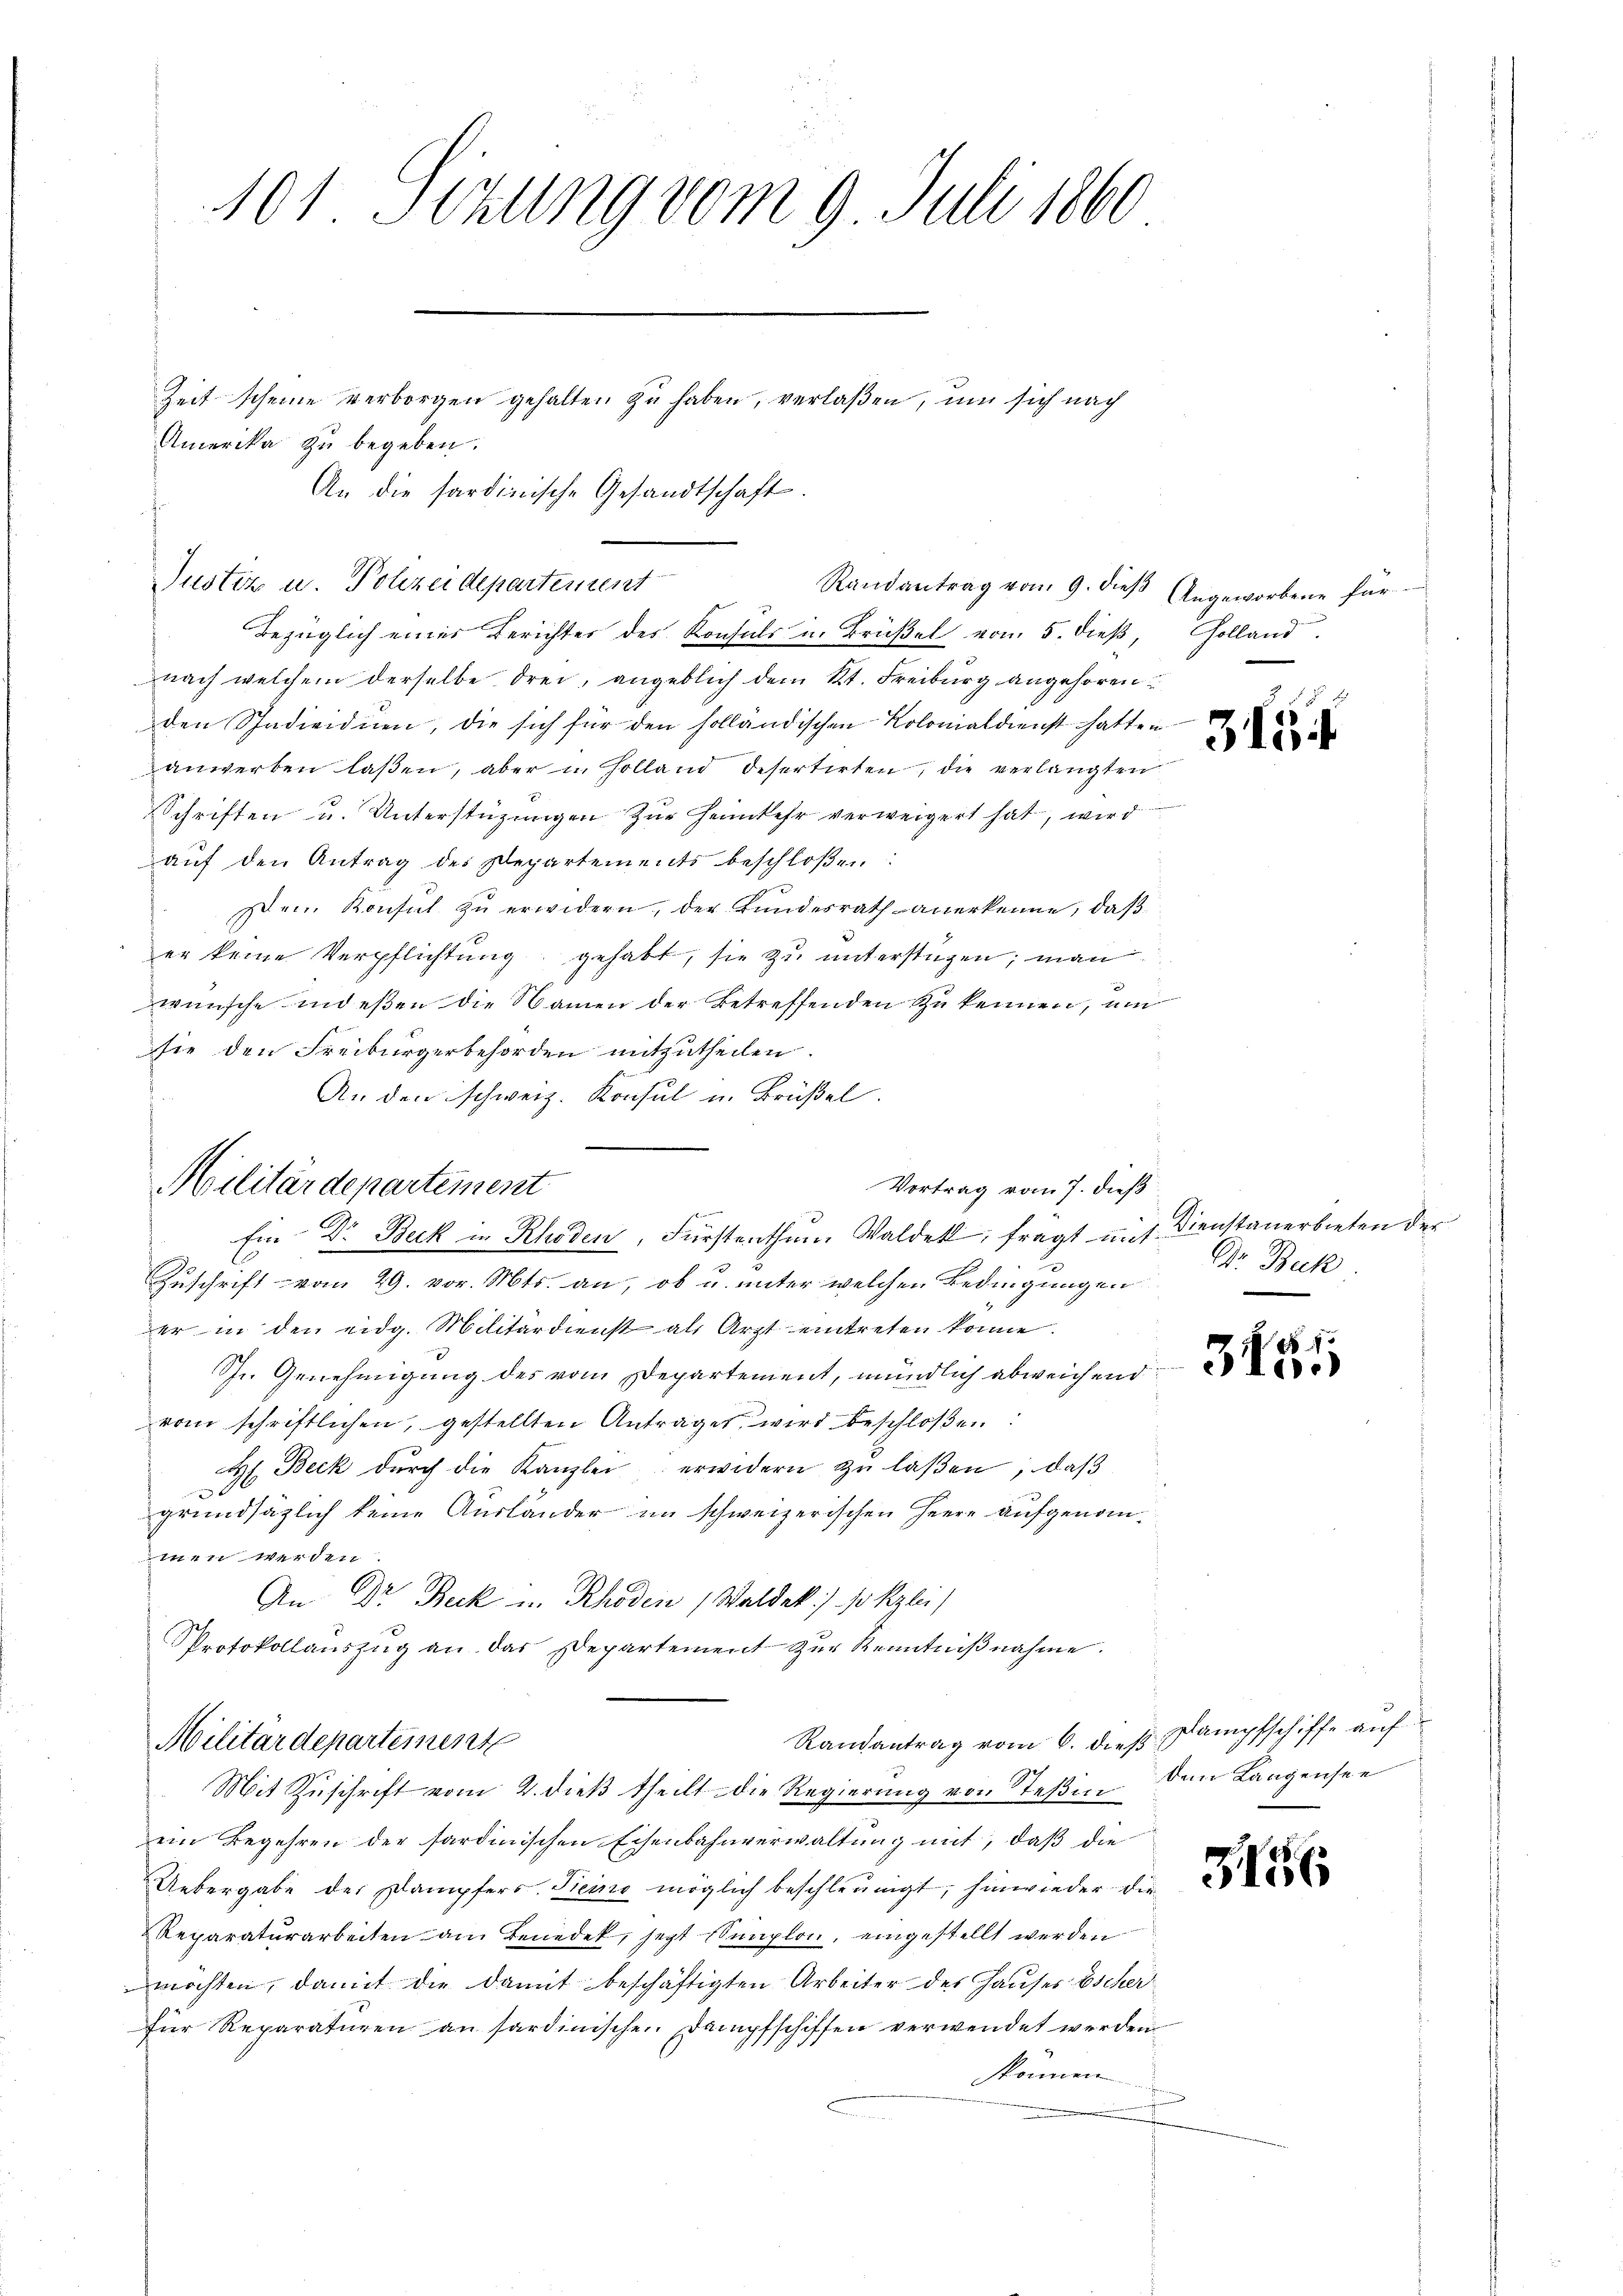
101 Sizung vom 9. Juli 1860
Zeit scheine verborgen gehalten zu haben, verlaßen, um sich nach
Amerika zu begeben.
An die sardinische Gesandtschaft.

Bezüglich eines Berichtes des Konsuls in Brüßel vom 5. dieß,
nach welchem derselbe drei, angeblich dem Kt. Freiburg angehören
den Stadiednen, die sich für den solländischen Kolonialdienst hatten
anwerben laßen, aber in Holland desertirten, die verlangten
Schriften u. Unterstüzungen zur Heimkehr verweigert hat, wird
aŭf den Antrag des Departements beschloßen:
Dem Konsul zu erwidern, der Bundesrath anerkenne, daß
er keine Verpflichtung gehabt, sie zu unterstüzen; man
wünsche indeßen die Namen der Betreffenden zu kennen, und
sie den Freiburgerbehörden mitzutheilen.
An den schweiz. Konsul u. Brüßel.
Zuschrift vom 29. vor. Mts. an, ob u. unter welchen Bedingungen
er in den eidg. Militärdienst als Arzt eintreten könne.
Schr. Genehmigung des vom Departement, mündlich abweichend
vom schriftlichen, gestellten Antrages wird beschloßen:
H. Beck dŭrch die Kanzlei erwidern zu laßen, daß

grundsätzlich keine Ausländer im schweizerischen Herre aufgenommen werden.
An Dr. Beck u. Rhoden (Waldek) so klei
Protokollaŭszŭg an das Departement zŭr Kenntniβnahme.
Militärdepartement
Randantrag vom 6. dieß
Mit Zuschrift vom 2. dieß theilt die Regierung von Steßin
ein Begehren der sardinischen Eisenbahnverwaltung mit, daß die
Uebergabe der Dampfers.- Ticino möglich beschleunigt, hinwieder die
Reparaturarbeiten am Benedek, sagt Simplon, eingestellt werden
möchten, damit die damit beschäftigten Arbeiter des Hauser Escher
für Reparaturen an sardinische. Dampfschiffen verwendet werden
können

Justiz u. Polizeidepartement

Militärdepartement
d
.
Ein Dr. Beck in Rhoden, Fürstenthum Waldek, fragt u. s. Dienstanerbieten der

Randantrag vom 9. dieß Angeworbene für

Vortrag vom 7. dieß

Holland

315

Dr. Beck

1
310.

Dampfschiffe auf
dem Langensee